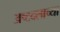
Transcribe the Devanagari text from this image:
अष्टदलाच्या